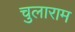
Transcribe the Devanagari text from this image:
चुलाराम